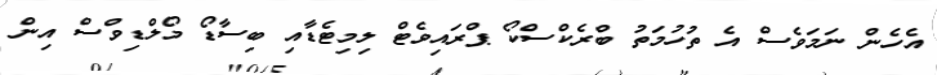
އެހެން ނަމަވެސް އެ ތުހުމަތު ބްރެކްސްކޯ ޕްރައިވެޓް ލިމިޓެޑާއި ބިސާޑޯ މޯލްޑިވްސް އިން